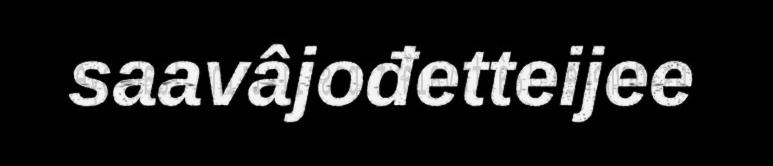
saavâjođetteijee